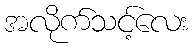
အလိုက်သင့်လေး